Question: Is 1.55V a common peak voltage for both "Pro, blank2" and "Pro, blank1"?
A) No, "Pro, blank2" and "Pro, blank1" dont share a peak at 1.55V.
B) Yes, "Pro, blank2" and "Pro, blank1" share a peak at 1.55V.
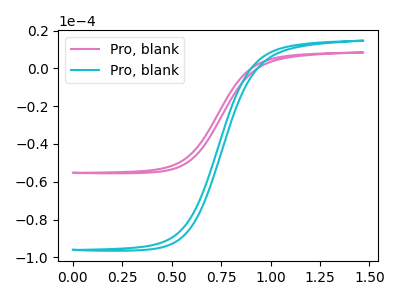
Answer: <think>The pink curve "Pro, blank1" has no peaks. The cyan curve "Pro, blank2" has no peaks.</think>
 <answer>A) No, "Pro, blank2" and "Pro, blank1" dont share a peak at 1.55V.</answer>
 <eval>A</eval>